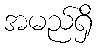
အမည်ရှိ